Report of the Indian Hemp Drugs Commission, 1894-1895 - Volume II
Year: 1894
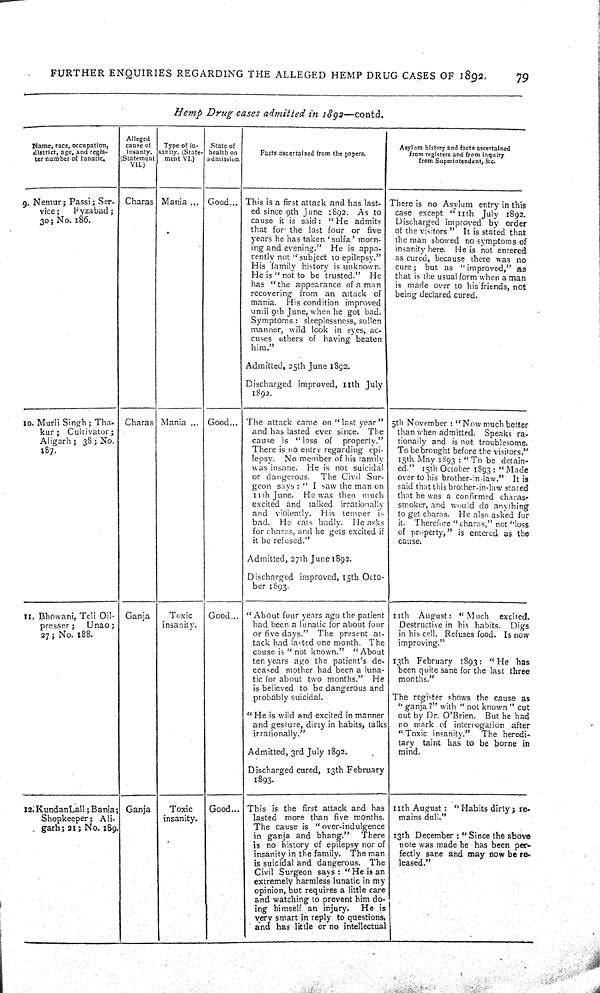
FURTHER ENQUIRIES REGARDING THE ALLEGED HEMP DRUG CASES OF 1892.
79
Hemp Drug cases admitted in 1892—contd.
Name, race, occupation,
district, age, and regis-
ter number of lunatic.
Alleged
cause of
insanty.
(Statement
VII.)
Type of in-
sanity. (State-
ment VI.)
State of
health on
admission.
Facts ascertained from the papers.
Asylum history and facts ascertained
from registers and from inquiry
from Superintendent, &c.
9. Nemur; Passi; Ser-
vice ;
Fyzabad;
30; No. 186.
Charas Mania
Good
This is a first attack and has last-
ed since 9th June 1892. As to
cause it is said: "He admits
that for the last four or five
years he has taken 'sulfa' morn-
ing and evening." He is appa-
rently not "subject to epilepsy."
His family history is unknown.
He is " not to be trusted." He
has "the appearance of a man
recovering from an attack of
mania. His condition improved
until 9th June, when he got bad.
Symptoms: sleeplessness, sullen
manner, wild look in eyes, ac-
cuses others of having beaten
him."
Admitted, 25th June 1892.
Discharged improved, 11th July
1892.
There is no Asylum entry in this
case except "11th July 1892.
Discharged improved by order
of the visitors." It is stated that
the man showed no symptoms of
insanity here. He is not entered
as cured, because there was no
cure; but as "improved," as
that is the usual form when a man
is made over to his friends, not
being declared cured.
10. Murli Singh; Tha-
kur; Cultivator;
Aligarh ; 38; No.
187.
Charas Mania
Good
The attack came on " last year"
and has lasted ever since. The
cause is "loss of property."
There is no entry regarding epi-
lepsy. No member of his family
was insane. He is not suicidal
or dangerous. The Civil Sur-
geon says : " I saw the man on
11th June. He was then much
excited and talked irrationally
and violently. His temper is
bad. He eats badly. He asks
for charas, and he gets excited if
it be refused."
Admitted, 27th June 1892.
Discharged improved, 15th Octo-
ber 1893.
5th November : " Now much better
than when admitted. Speaks ra-
tionally and is not troublesome.
To be brought before the visitors."
15th May 1893 : "To be detain-
ed." 15th October 1893 : " Made
over to his brother-in-law." It is
said that this brother-in-law stated
that he was a confirmed charas-
smoker, and would do anything
to get charas. He also asked for
it. Therefore " charas," not "loss
of property," is entered as the
cause.
11. Bhowani, Teli Oil-
presser;
Unao;
27 ; No. 188.
Ganja
Toxic
insanity.
Good
" About four years ago the patient
had been a lunatic for about four
or five days." The present at-
tack had lasted one month. The
cause is " not known." " About
ten years ago the patient's de-
ceased mother had been a luna-
tic for about two months." He
is believed to be dangerous and
probably suicidal.
"He is wild and excited in manner
and gesture, dirty in habits, talks
irrationally."
Admitted, 3rd July 1892.
Discharged cured, 13th February
1893.
11th August: "Much excited.
Destructive in his habits. Digs
in his cell. Refuses food. Is now
improving."
13th February 1893: "He has
been quite sane for the last three
months."
The register shows the cause as
"ganja?" with " not known " cut
out by Dr. O'Brien. But he had
no mark of interrogation after
"Toxic insanity." The heredi-
tary taint has to be borne in
mind.
12. KundanLall; Bania;
Shopkeeper; Ali-
garh; 21; No. 189.
Ganja
Toxic
insanity.
Good... This is the first attack and has
lasted more than five months.
The cause is "over-indulgence
in ganja and bhang." There
is no history of epilepsy nor of
insanity in the family. The man
is suicidal and dangerous. The
Civil Surgeon says: "He is an
extremely harmless lunatic in my
opinion, but requires a little care
and watching to prevent him do-
ing himself an injury. He is
very smart in reply to questions,
and has little or no intellectual
11th August: "Habits dirty; re-
mains dull."
13th December : " Since the above
note was made he has been per-
fectly sane and may now be re-
leased."